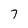
Character: 7